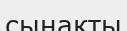
сынакты